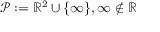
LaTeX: { \mathcal { P } } : = \mathbb { R } ^ { 2 } \cup \{ \infty \} , \infty \notin \mathbb { R }